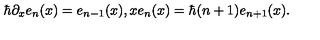
\hbar \partial _ { x } e _ { n } ( x ) = e _ { n - 1 } ( x ) , x e _ { n } ( x ) = \hbar ( n + 1 ) e _ { n + 1 } ( x ) .